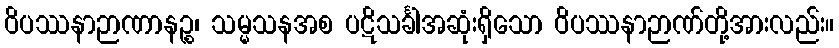
ဝိပဿနာဉာဏာနဉ္စ၊ သမ္မသနအစ ပဋိသင်္ခါအဆုံးရှိသော ဝိပဿနာဉာဏ်တို့အားလည်း။